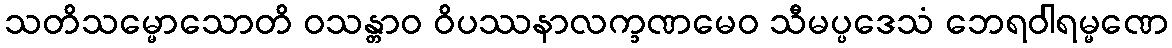
သတိသမ္မောသောတိ ဝသန္တာဝ ဝိပဿနာလက္ခဏမေဝ သီမပ္ပဒေသံ ဘေရဝါရမ္မဏေ